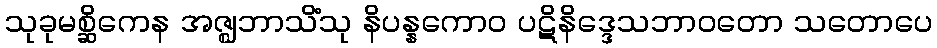
သုခုမစ္ဆိကေန အဇ္ဈဘာသိံသု နိပန္နကောဝ ပဋိနိဒ္ဒေသဘာဝတော သတောပေ